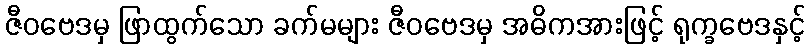
ဇီဝဗေဒမှ ဖြာထွက်သော ခက်မများ ဇီဝဗေဒမှ အဓိကအားဖြင့် ရုက္ခဗေဒနှင့်